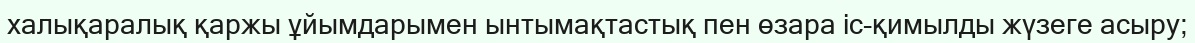
халықаралық қаржы ұйымдарымен ынтымақтастық пен өзара iс-қимылды жүзеге асыру;